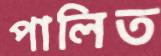
পালিত